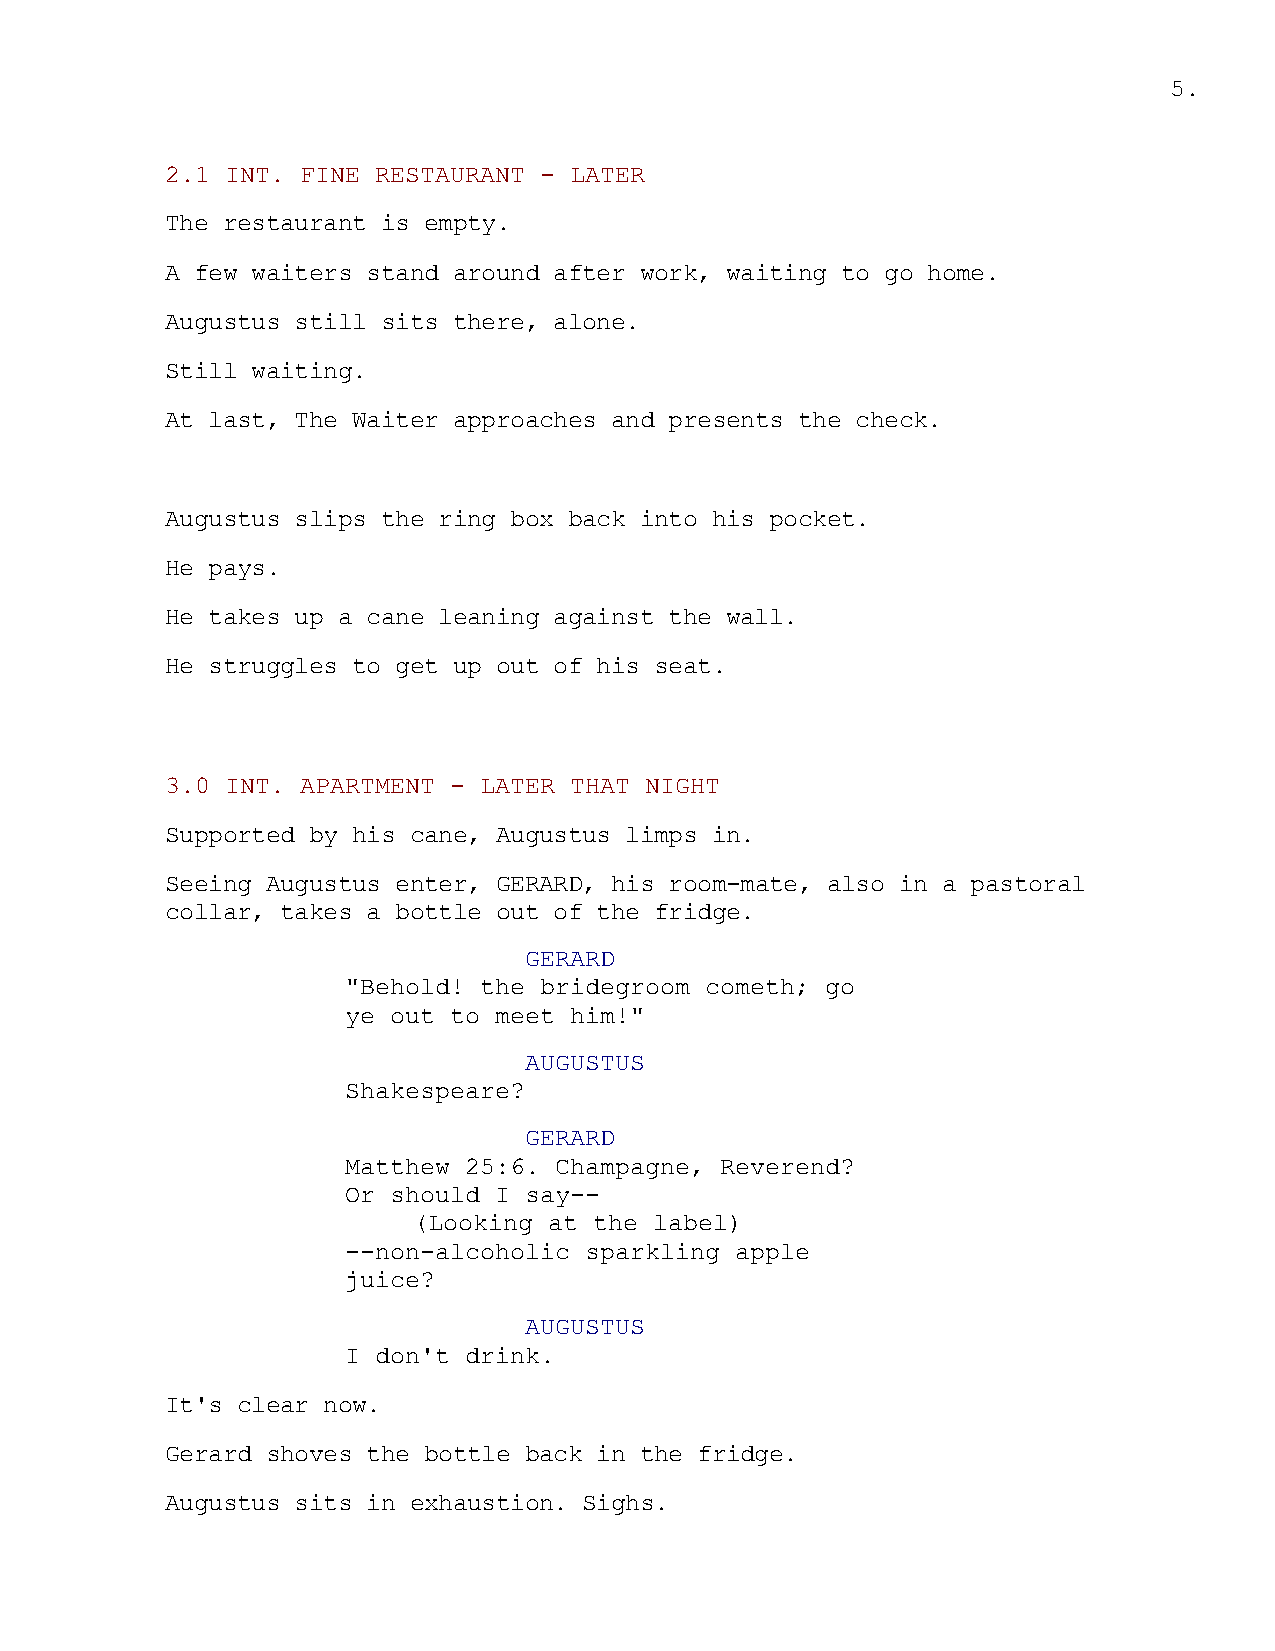
5.
 2.1 INT. FINE RESTAURANT - LATER
 The restaurant is empty.
 A few waiters stand around after work, waiting to go home.
 Augustus still sits there, alone.
 Still waiting.
 At last, The Waiter approaches and presents the check.
 Augustus slips the ring box back into his pocket.
 He pays.
 He takes up a cane leaning against the wall.
 He struggles to get up out of his seat.
 3.0 INT. APARTMENT - LATER THAT NIGHT
 Supported by his cane, Augustus limps in.
 Seeing Augustus enter, GERARD, his room-mate, also in a pastoral
 collar, takes a bottle out of the fridge.
 GERARD
 "Behold! the bridegroom cometh; go
 ye out to meet him!"
 AUGUSTUS
 Shakespeare?
 GERARD
 Matthew 25:6. Champagne, Reverend?
 Or should I say--
 (Looking at the label)
 --non-alcoholic sparkling apple
 juice?
 AUGUSTUS
 I don't drink.
 It's clear now.
 Gerard shoves the bottle back in the fridge.
 Augustus sits in exhaustion. Sighs.